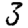
Digit: 3